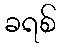
ခရစ်